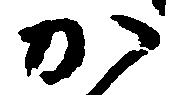
か